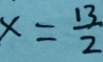
x = \frac { 1 3 } { 2 }